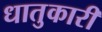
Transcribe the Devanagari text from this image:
धातुकारी